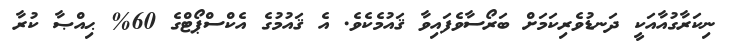
ނިކަރާގުއާއަކީ ދަނޑުވެރިކަމަށް ބަރޯސާވެފައިވާ ޤައުމެކެވެ. އެ ޤައުމުގެ އެކްސްޕޯޓްގެ 60% ޙިއްޞާ ކުރާ